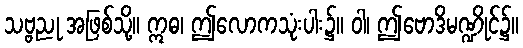
သဗ္ဗညု အဖြစ်သို့။ ဣဓ၊ ဤလောကသုံးပါး၌။ ဝါ၊ ဤဗောဒိမဏ္ဍိုင်၌။